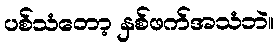
ပစ်သံတော့ နှစ်ဖက်အသံဘဲ။